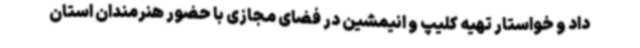
داد و خواستار تهیه کلیپ و انیمشین در فضای مجازی با حضور هنرمندان استان